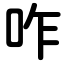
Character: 咋